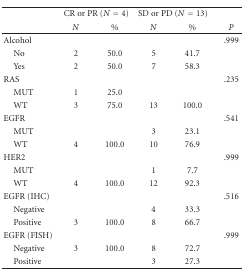
|  | <COLSPAN=2> CR or PR (N = 4) | <COLSPAN=2> SD or PD (N = 13) |  |
 |  | N | % | N | % | P |
 | --- | --- | --- | --- | --- | --- |
 | Alcohol |  |  |  |  | .999 |
 | No | 2 | 50.0 | 5 | 41.7 |  |
 | Yes | 2 | 50.0 | 7 | 58.3 |  |
 | RAS |  |  |  |  | .235 |
 | MUT | 1 | 25.0 |  |  |  |
 | WT | 3 | 75.0 | 13 | 100.0 |  |
 | EGFR |  |  |  |  | .541 |
 | MUT |  |  | 3 | 23.1 |  |
 | WT | 4 | 100.0 | 10 | 76.9 |  |
 | HER2 |  |  |  |  | .999 |
 | MUT |  |  | 1 | 7.7 |  |
 | WT | 4 | 100.0 | 12 | 92.3 |  |
 | EGFR (IHC) |  |  |  |  | .516 |
 | Negative |  |  | 4 | 33.3 |  |
 | Positive | 3 | 100.0 | 8 | 66.7 |  |
 | EGFR (FISH) |  |  |  |  | .999 |
 | Negative | 3 | 100.0 | 8 | 72.7 |  |
 | Positive |  |  | 3 | 27.3 |  |